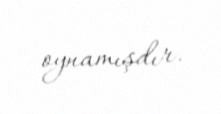
oynamışdır.